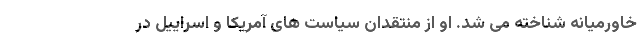
خاورمیانه شناخته می شد. او از منتقدان سیاست های آمریکا و اسراییل در